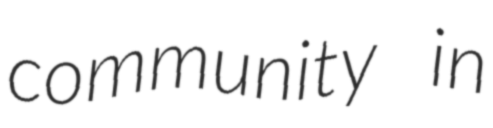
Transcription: community in